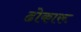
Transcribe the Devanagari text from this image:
ढोकारू